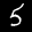
Label: 5